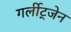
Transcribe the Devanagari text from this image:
गर्लीट्जेन